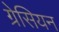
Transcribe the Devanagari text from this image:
ग्रेसियन